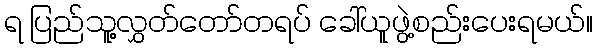
ရ ပြည်သူ့လွှတ်တော်တရပ် ခေါ်ယူဖွဲ့စည်းပေးရမယ်။